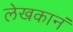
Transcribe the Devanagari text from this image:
लेखकानं